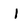
Character: I